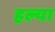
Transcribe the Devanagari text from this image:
हल्या